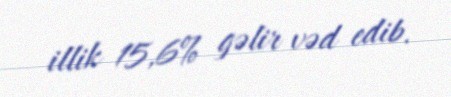
illik 15,6% gəlir vəd edib.